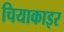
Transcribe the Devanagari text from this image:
चियाकाइर